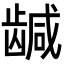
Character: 𬺍